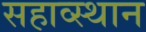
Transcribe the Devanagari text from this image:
सहाव्स्थान